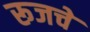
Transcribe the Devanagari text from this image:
रूजचे